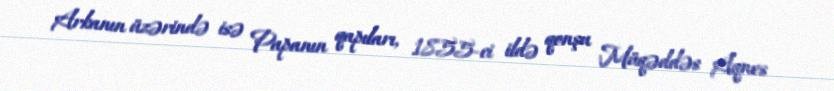
Arkanın üzərində isə Papanın qapıları, 1855-ci ildə qonşu Müqəddəs Aqnes